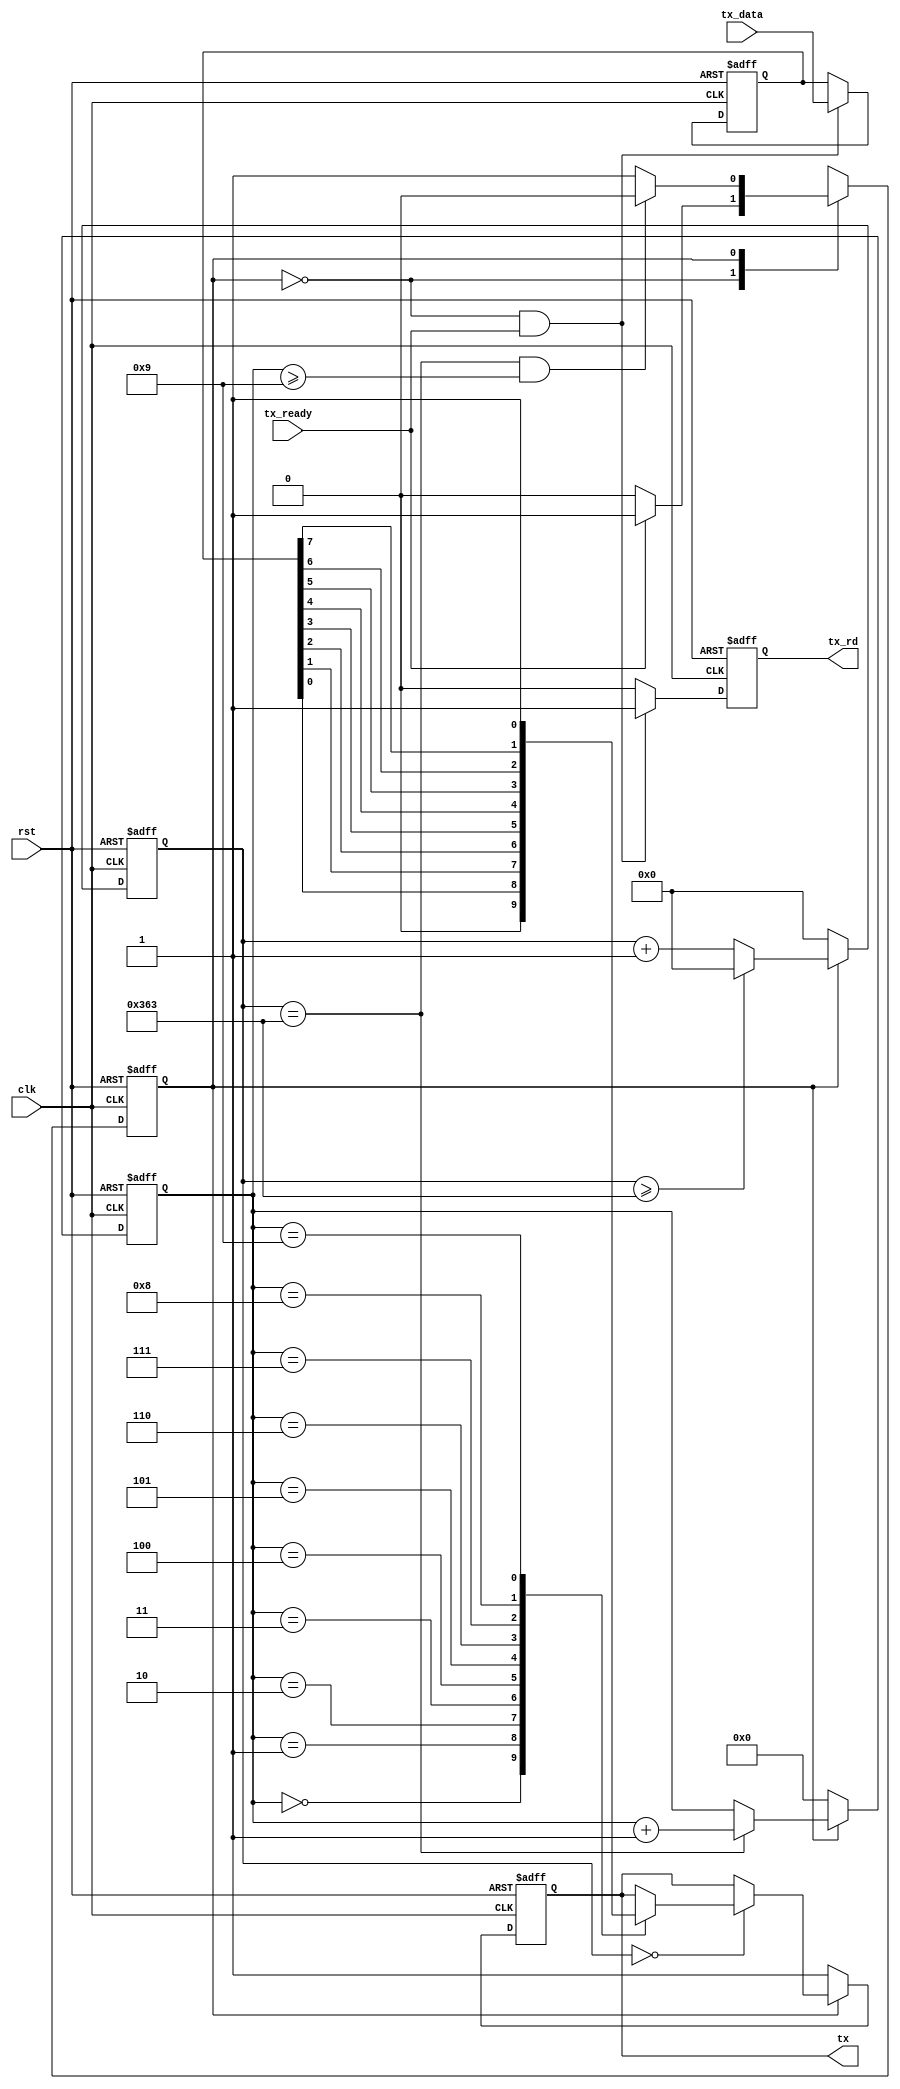
`timescale 1ns / 1ps
//////////////////////////////////////////////////////////////////////////////////
// Company: 
// Engineer: 
// 
// Design Name: 
// Module Name: tx
// Project Name: 
// Target Devices: 
// Tool Versions: 
// Description: 
// 
// Dependencies: 
// 
// Revision:
// Revision 0.01 - File Created
// Additional Comments:
// 
//////////////////////////////////////////////////////////////////////////////////

module tx(
    input           clk,rst,
    output  reg     tx,
    input           tx_ready,
    output  reg     tx_rd,
    input   [7:0]   tx_data
);
parameter   DIV_CNT   = 10'd867;
parameter   HDIV_CNT  = 10'd433;
parameter   TX_CNT    = 4'h9;
parameter   C_IDLE    = 1'b0;
parameter   C_TX      = 1'b1;    
    
reg         curr_state,next_state;    
reg [9:0]   div_cnt;
reg [4:0]   tx_cnt;
reg [7:0]   tx_reg;
always@(posedge clk or posedge rst)
begin
    if(rst)
        curr_state  <= C_IDLE;
    else
        curr_state  <= next_state;
end    
always@(*)
begin
    case(curr_state)
        C_IDLE:
            if(tx_ready==1'b1)
                next_state  = C_TX;
            else
                next_state  = C_IDLE;
        C_TX:
            if((div_cnt==DIV_CNT)&&(tx_cnt>=TX_CNT))
                next_state  = C_IDLE;
            else
                next_state  = C_TX;
    endcase
end
always@(posedge clk or posedge rst)
begin
    if(rst)
        div_cnt <= 10'h0;
    else if(curr_state==C_TX)
    begin
        if(div_cnt>=DIV_CNT)
            div_cnt <= 10'h0;
        else
            div_cnt <= div_cnt + 10'h1;
    end
    else
        div_cnt <= 10'h0;
end
always@(posedge clk or posedge rst)
begin
    if(rst)
        tx_cnt  <= 4'h0;
    else if(curr_state==C_TX)
    begin
        if(div_cnt==DIV_CNT)
            tx_cnt <= tx_cnt + 1'b1;
    end
    else
        tx_cnt <= 4'h0;
end
always@(posedge clk or posedge rst)
begin
    if(rst)
        tx_rd   <= 1'b0;
    else if((curr_state==C_IDLE)&&(tx_ready==1'b1))
        tx_rd   <= 1'b1;
    else
        tx_rd   <= 1'b0;
end
always@(posedge clk or posedge rst)
begin
    if(rst)
        tx_reg  <= 8'b0;
    else if((curr_state==C_IDLE)&&(tx_ready==1'b1))
        tx_reg  <= tx_data;
end

always@(posedge clk or posedge rst)
begin
    if(rst)
        tx  <= 1'b1;
    else if(curr_state==C_IDLE)
        tx  <= 1'b1;
    else if(div_cnt==10'h0)
    begin
        case(tx_cnt)
            4'h0:   tx  <= 1'b0;
            4'h1:   tx  <= tx_reg[0];
            4'h2:   tx  <= tx_reg[1];
            4'h3:   tx  <= tx_reg[2];
            4'h4:   tx  <= tx_reg[3];
            4'h5:   tx  <= tx_reg[4];
            4'h6:   tx  <= tx_reg[5];
            4'h7:   tx  <= tx_reg[6];
            4'h8:   tx  <= tx_reg[7];
            4'h9:   tx  <= 1'b1;
        endcase
    end
end
endmodule